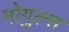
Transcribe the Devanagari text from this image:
मोगुल्स